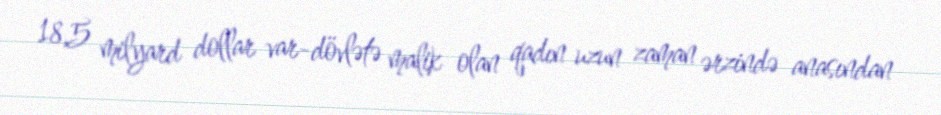
18,5 milyard dollar var-dövlətə malik olan qadın uzun zaman ərzində anasından